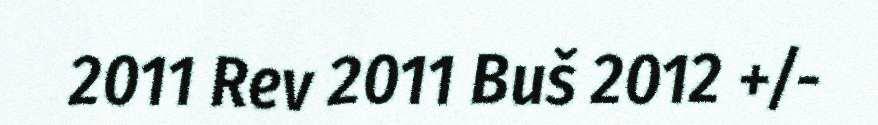
2011 Rev 2011 Buš 2012 +/-